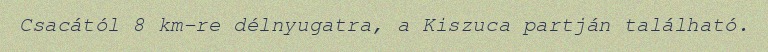
Csacától 8 km-re délnyugatra, a Kiszuca partján található.